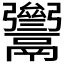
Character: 𩱥